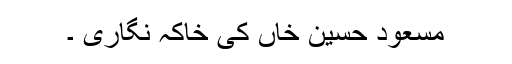
مسعود حسین خاں کی خاکہ نگاری ۔